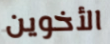
الأخوين